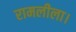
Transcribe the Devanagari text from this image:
रामलीला।